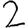
Digit: 2